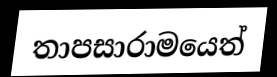
තාපසාරාමයෙත්